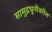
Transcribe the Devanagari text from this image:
सामुद्रधुनीवरील